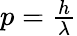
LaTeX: \begin{array}{r}{p=\frac{h}{\lambda}}\end{array}